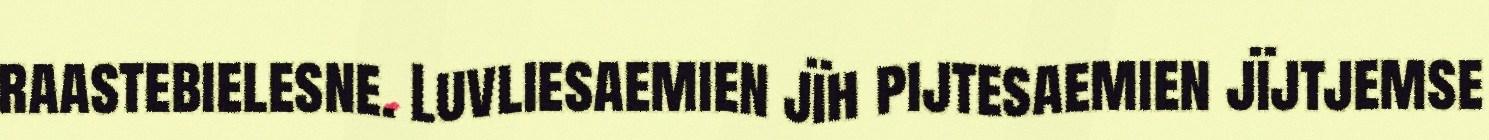
raastebielesne. Luvliesaemien jïh pijtesaemien jïjtjemse